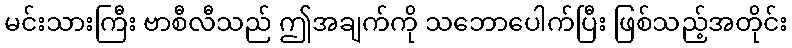
မင်းသားကြီး ဗာစီလီသည် ဤအချက်ကို သဘောပေါက်ပြီး ဖြစ်သည့်အတိုင်း